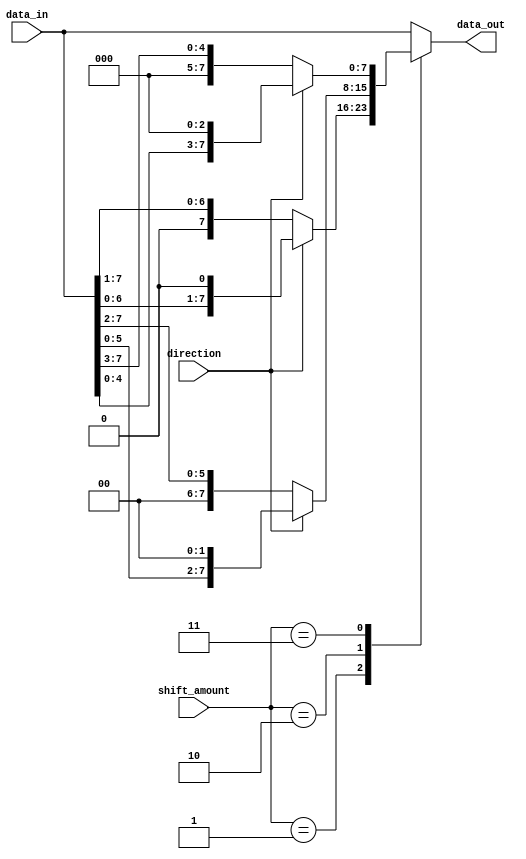
module barrel_shifter(
  input [7:0] data_in,
  input [2:0] shift_amount,
  input direction, // 0 for right, 1 for left
  output reg [7:0] data_out
);

always @(*) begin
  case(shift_amount)
    3'd0: data_out = data_in;
    3'd1: data_out = (direction) ? data_in << 1 : data_in >> 1;
    3'd2: data_out = (direction) ? data_in << 2 : data_in >> 2;
    3'd3: data_out = (direction) ? data_in << 3 : data_in >> 3;
    // Add more cases for additional shift amounts as needed
    default: data_out = data_in;
  endcase
end

endmodule